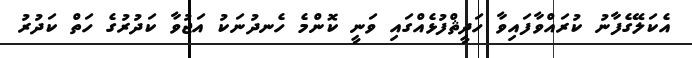
އެކަލޭގެފާނު ކުރައްވާފައިވާ ހަދީޘްފުޅެއްގައި ވަނީ ކޮންމެ ހެނދުނަކު އަޖުވާ ކަދުރުގެ ހަތް ކަދުރު